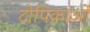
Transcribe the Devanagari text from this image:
टोपिकाओं